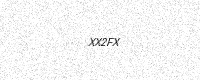
Text: XX2FX